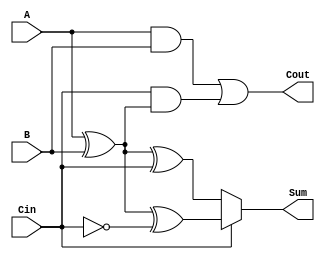
module conditional_sum_full_adder (
    input  wire A,     // First binary input
    input  wire B,     // Second binary input
    input  wire Cin,   // Carry-in input
    output wire Sum,   // Sum output
    output wire Cout   // Carry-out output
);

// Internal signals for potential sums
wire S0;
wire S1;

// Conditional sums
assign S0 = A ^ B ^ Cin;        // S0 = A  B  Cin
assign S1 = A ^ B ^ ~Cin;       // S1 = A  B  Cin

// Carry-out logic
assign Cout = (A & B) | (Cin & (A ^ B)); // Cout = (A  B) + (Cin  (A  B))

// Final sum selection based on Cin
assign Sum = Cin ? S1 : S0; // If Cin is 1, select S1; else select S0

endmodule